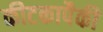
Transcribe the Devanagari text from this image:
कीटकापैकी